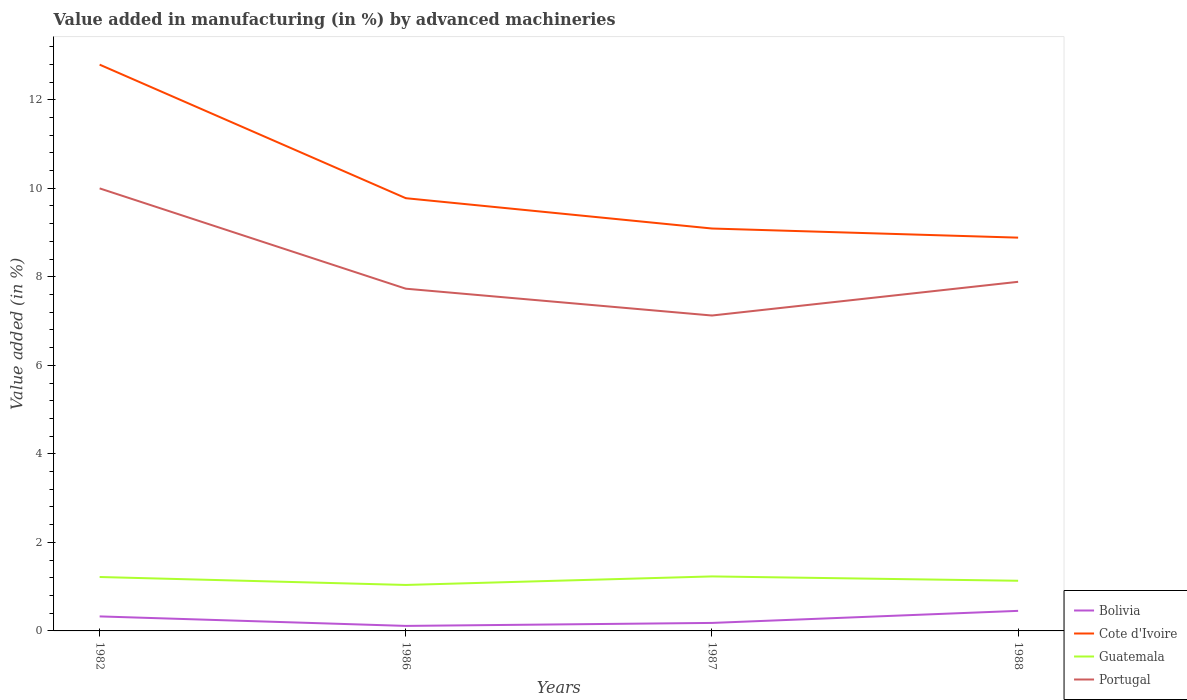
| Years | Bolivia | Cote d'Ivoire | Guatemala | Portugal |
 | --- | --- | --- | --- | --- |
 | 1982 | 0.328 | 12.8 | 1.22 | 10 |
 | 1986 | 0.113 | 9.78 | 1.04 | 7.73 |
 | 1987 | 0.181 | 9.09 | 1.23 | 7.13 |
 | 1988 | 0.453 | 8.88 | 1.13 | 7.89 |